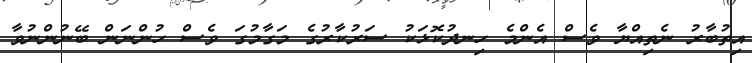
އިތުބާރު ނެތިއްޔާ ވެސް އެންމެ ހިނދުކޮޅަކު ސަރުކާރުގެ މަގާމުގަ ވެސް ހުންނަން ބޭނުންނުވާ